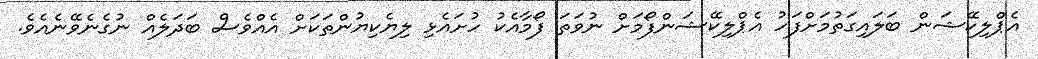
އެޕްލިކޭޝަން ބަލައިގަތުމަށްފަހު އެޕްލިކޭޝަންފޯމަށް ނުވަތަ ފޯމާއެކު ހުށައެޅި ލިޔެކިޔުންތަކަށް އެއްވެސް ބަދަލެއް ނުގެނެވޭނެއެވެ.